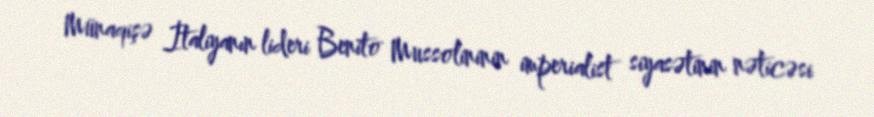
Münaqişə İtaliyanın lideri Benito Mussolininin imperialist siyasətinin nəticəsi